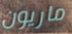
ماريون